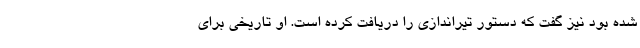
شده بود نیز گفت که دستور تیراندازی را دریافت کرده است. او تاریخی برای